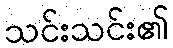
သင်းသင်း၏